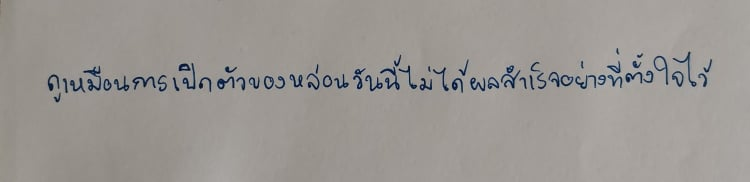
ดูเหมือนการเปิดตัวของหล่อนวันนี้ไม่ได้ผลสำเร็จอย่างที่ตั้งใจไว้